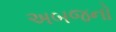
અબજનો